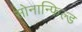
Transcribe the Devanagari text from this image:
सोनान्फिल्ड